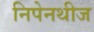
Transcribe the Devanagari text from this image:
निपेनथीज